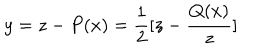
y = z - P ( x ) = \frac { 1 } { 2 } [ z - \frac { Q ( x ) } { z } ]